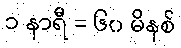
၁ နာရီ = ၆၀ မိနစ်